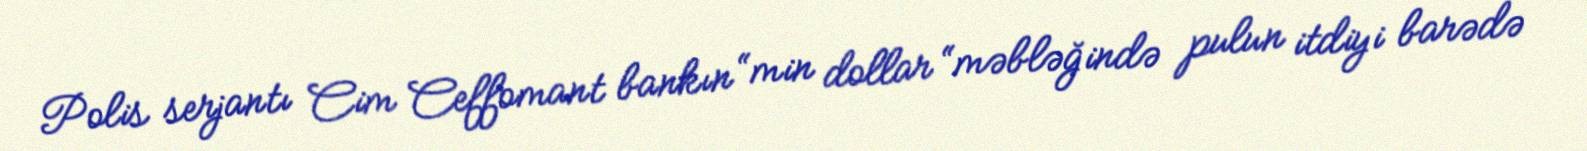
Polis serjantı Cim Ceffomant bankın “min dollar “məbləğində pulun itdiyi barədə